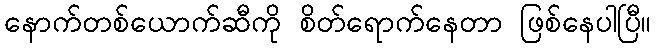
နောက်တစ်ယောက်ဆီကို စိတ်ရောက်နေတာ ဖြစ်နေပါပြီ။